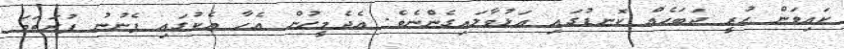
ކައިވަން ހުރީ ދަބަހެއް ކޮނޑުގައި އަޅުވާލައިގެންނެވެ. އެދެމީހުން އެހާ އެކުގައި ފެނުނު ފުރަތަމަ